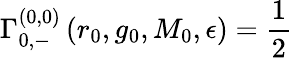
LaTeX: \Gamma_{0,-}^{(0,0)}\left(r_{0},g_{0},M_{0},\epsilon\right)=\frac{1}{2}